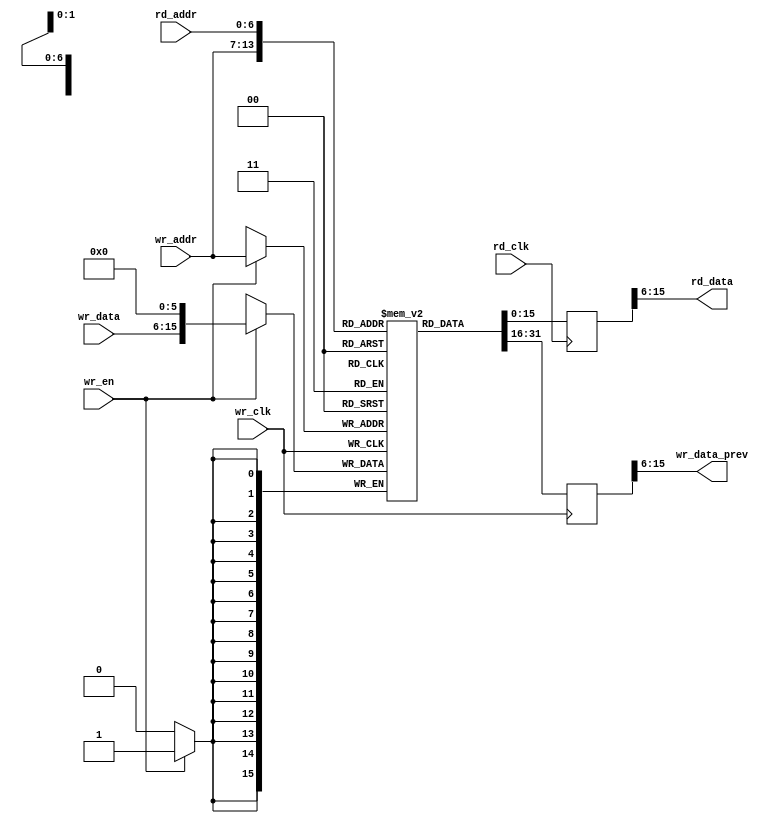
///////////////////////////////////////////////////////////////////
//
// Copyright 2018 Ettus Research, A National Instruments Company
//
// SPDX-License-Identifier: LGPL-3.0-or-later
//
// Module: rhodium_gain_table
// Description:
//   Simple dual port memory for use as gain table
//   Implements a 128 x 16 bit dual-port RAM for storing 10-bit gain values.
//   Write and read domains are independent. Data takes 1 cycle to become valid
//   on the output of the RAM once written.
//////////////////////////////////////////////////////////////////////

`default_nettype none

module rhodium_gain_table
(
  input wire        wr_clk,
  input wire        wr_en,
  input wire  [6:0] wr_addr,
  input wire  [9:0] wr_data,

  // Read data for wr_addr (read-first/read-before-write): One cycle latency
  output wire [9:0] wr_data_prev,

  input wire        rd_clk,
  input wire  [6:0] rd_addr,
  output wire [9:0] rd_data // Read data for rd_addr: One cycle latency
);

reg [15:0] gain_table[127:0];
reg [15:0] wr_data_prev_r;
reg [15:0] rd_data_r;

assign wr_data_prev = wr_data_prev_r[15:6];
assign rd_data      = rd_data_r[15:6];

always @ (posedge wr_clk)
begin
  if (wr_en)
    gain_table[wr_addr] <= {wr_data, 6'b0};
  wr_data_prev_r <= gain_table[wr_addr];
end

always @ (posedge rd_clk)
begin
  rd_data_r <= gain_table[rd_addr];
end


endmodule // rhodium_gain_table
`default_nettype wire